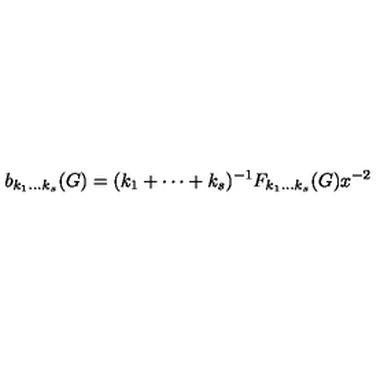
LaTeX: b _ { k _ { 1 } \ldots k _ { s } } ( G ) = ( k _ { 1 } + \cdots + k _ { s } ) ^ { - 1 } F _ { k _ { 1 } \ldots k _ { s } } ( G ) x ^ { - 2 }